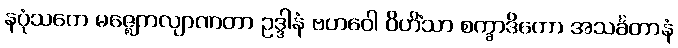
နပုံသကေ မဇ္ဈေကလျာဏတာ ဥဒ္ဒါနံ ဗဟဝေါ ဝိဟိံသာ စက္ခာဒိကော အသင်္ခတာနံ